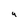
Character: y